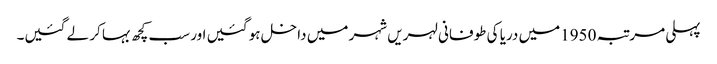
پہلی مرتبہ 1950میں دریا کی طوفانی لہریں شہر میں داخل ہو گئیں اور سب کچھ بہا کر لے گئیں۔